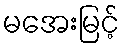
မအေးမြင့်